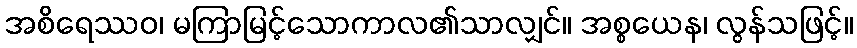
အစိရေဿဝ၊ မကြာမြင့်သောကာလ၏သာလျှင်။ အစ္စယေန၊ လွန်သဖြင့်။